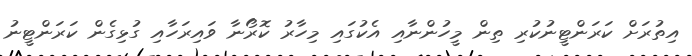
އިތުރަށް ކަރަންޓީނުކުރި ތިން މީހުންނާއި އެކުގައި މިހާރު ކޮރޯނާ ވައިރަހާއި ގުޅިގެން ކަރަންޓީނު